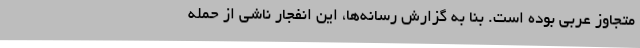
متجاوز عربی بوده است. بنا به گزارش رسانه‌ها، این انفجار ناشی از حمله